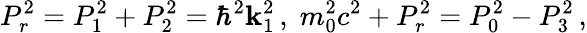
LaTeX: P_{r}^{2}=P_{1}^{2}+P_{2}^{2}=\hbar^{2}\mathbf{k}_{1}^{2}\, ,\; m_{0}^{2}c^{2}+P_{r}^{2}=P_{0}^{2}-P_{3}^{2}\, ,